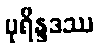
ပုရိန္ဒဒဿ